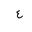
Letter: _ayn